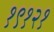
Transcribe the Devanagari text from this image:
१९१२१